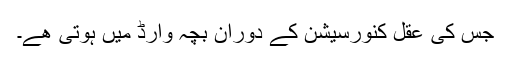
جس کی عقل کنورسیشن کے دوران بچہ وارڈ میں ہوتی ھے۔